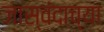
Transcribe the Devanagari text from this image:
जास्वंदाच्या